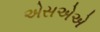
એસએએ